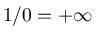
1 / 0 = + \infty